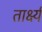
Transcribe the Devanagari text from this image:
तार्क्ष्य